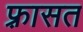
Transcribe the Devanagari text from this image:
फ़्रासत